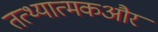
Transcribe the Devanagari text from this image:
तत्थ्यात्मकऔर